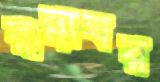
রান্নাঘর